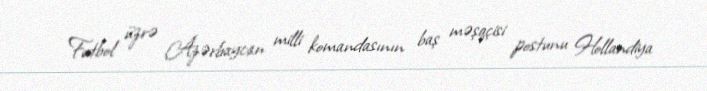
Futbol üzrə Azərbaycan milli komandasının baş məşqçisi postunu Hollandiya